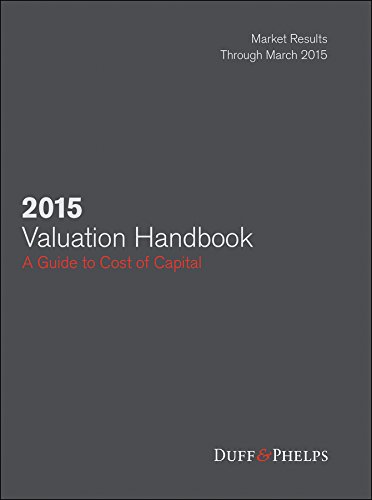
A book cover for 2015 Valuation Handbook: Guide to Cost of Capital (Wiley Finance); Roger J. Grabowski; Business & Money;